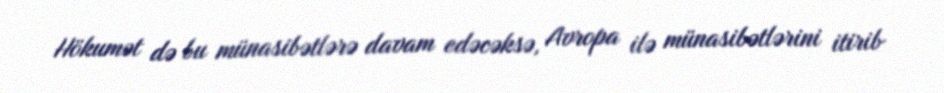
Hökumət də bu münasibətlərə davam edəcəksə, Avropa ilə münasibətlərini itirib